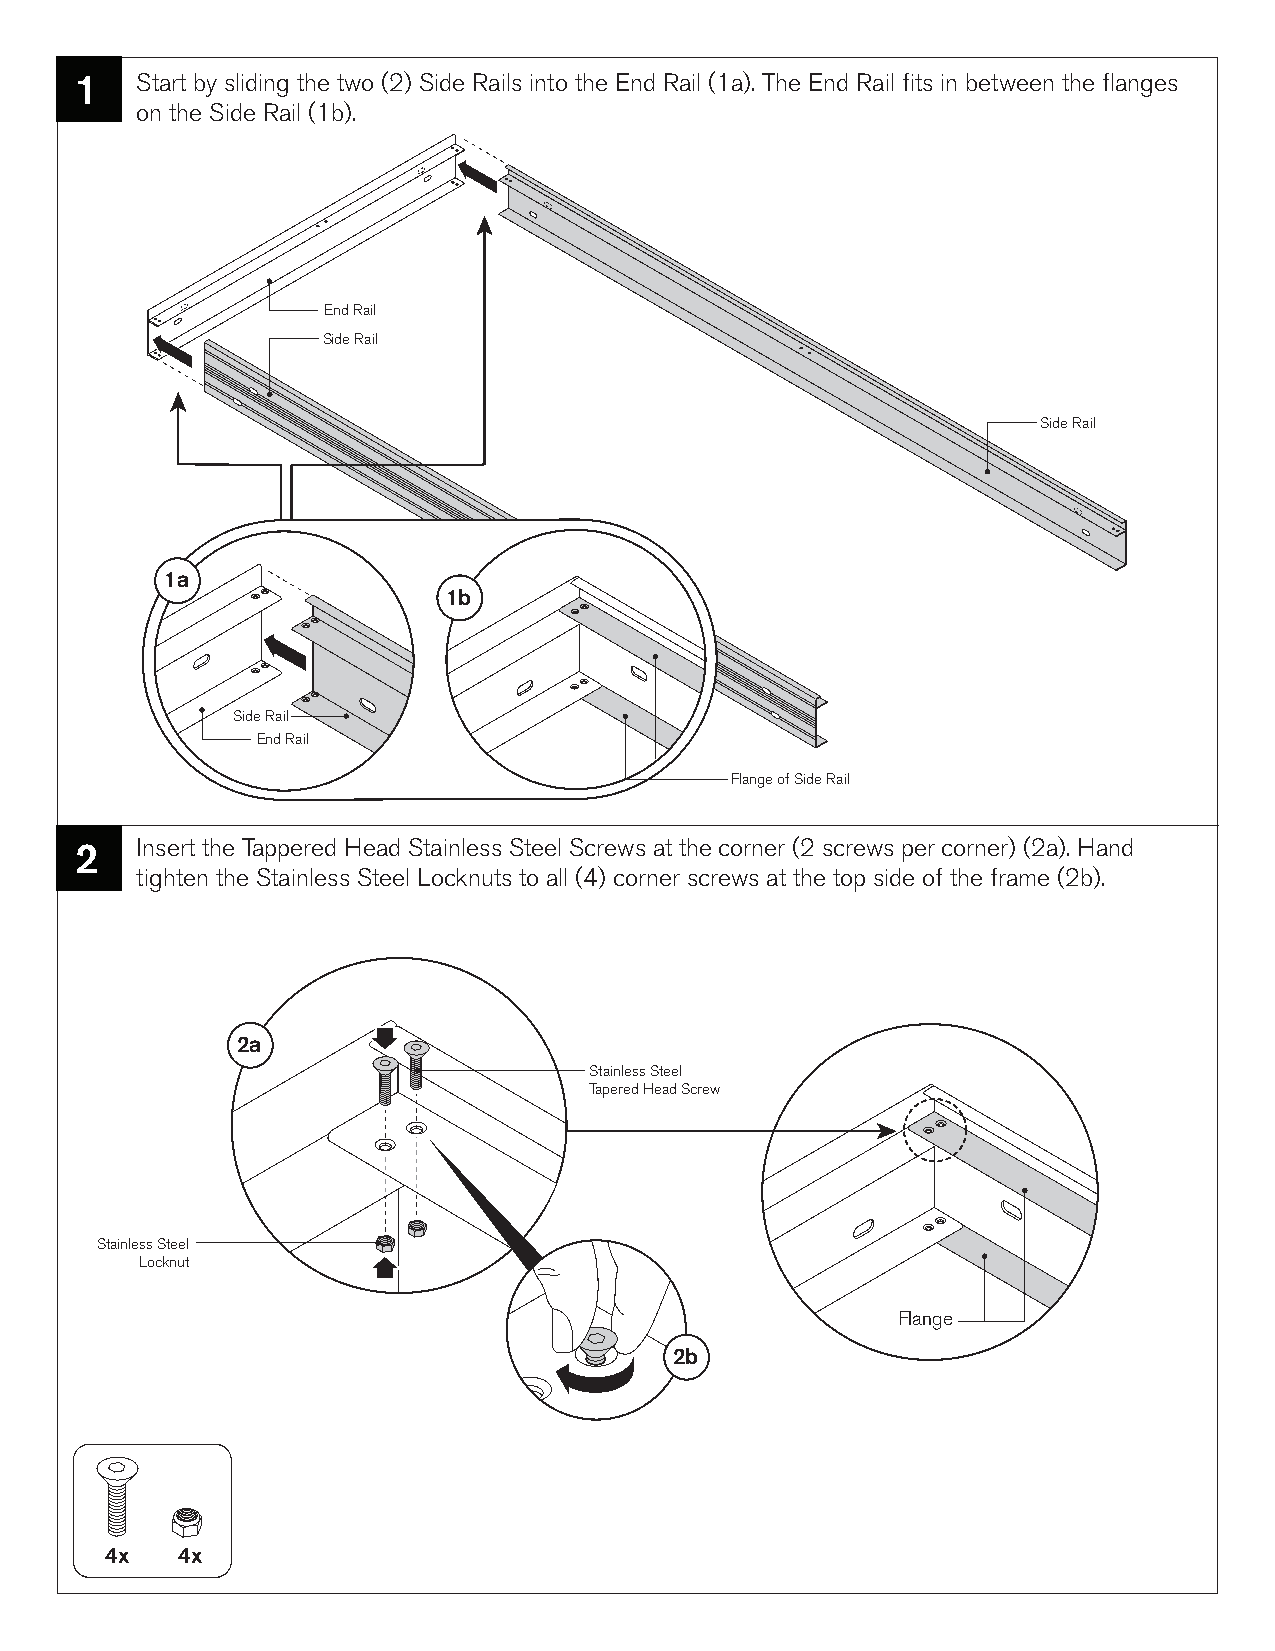
1   Start by sliding the two (2) Side Rails into the End Rail (1a). The End Rail fits in between the flanges
 on the Side Rail (1b).
 End Rail
 Side Rail
 Side Rail
 1a
 1b
 Side Rail
 End Rail
 Flange of Side Rail
 2   Insert the Tappered Head Stainless Steel Screws at the corner (2 screws per corner) (2a). Hand
 tighten the Stainless Steel Locknuts to all (4) corner screws at the top side of the frame (2b).
 2a
 Stainless Steel
 Tapered Head Screw
 Stainless Steel
 Locknut
 Flange
 2b
 4x   4x